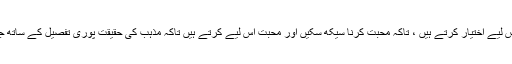
ہم مذہب اس لیے اختیار کرتے ہیں ، تاکہ محبّت کرنا سیکھ سکیں اور محبّت اس لیے کرتے ہیں تاکہ مذہب کی حقیقت پوری تفصیل کے ساتھ جان سکیں ۔